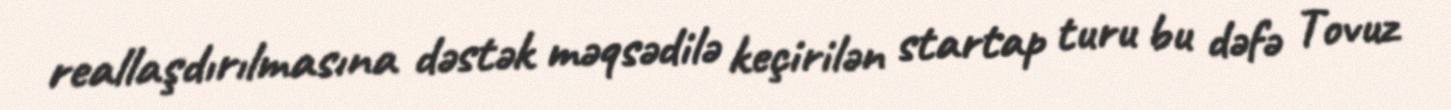
reallaşdırılmasına dəstək məqsədilə keçirilən startap turu bu dəfə Tovuz